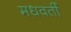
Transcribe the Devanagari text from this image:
मधवर्ती